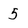
Character: 5